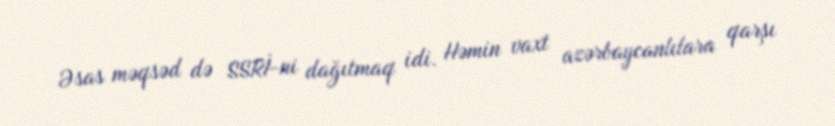
Əsas məqsəd də SSRİ-ni dağıtmaq idi. Həmin vaxt azərbaycanlılara qarşı